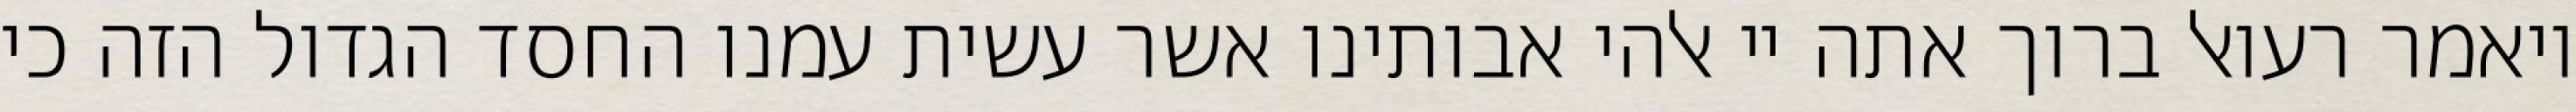
ויאמר רעואל ברוך אתה יי אלהי אבותינו אשר עשית עמנו החסד הגדול הזה כי